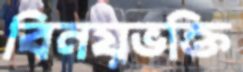
বিনয়ভক্তি